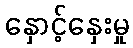
နှောင့်နှေးမှု